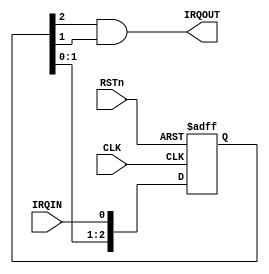
//------------------------------------------------------------------------------
// The confidential and proprietary information contained in this file may
// only be used by a person authorised under and to the extent permitted
// by a subsisting licensing agreement from ARM Limited.
//
//            (C) COPYRIGHT 2010-2015  ARM Limited or its affiliates.
//                ALL RIGHTS RESERVED
//
// This entire notice must be reproduced on all copies of this file
// and copies of this file may only be made by a person if such person is
// permitted to do so under the terms of a subsisting license agreement
// from ARM Limited.
//
//  Version and Release Control Information:
//
//  File Revision       : $Revision: 275084 $
//  File Date           : $Date: 2014-03-27 15:09:11 +0000 (Thu, 27 Mar 2014) $
//
//  Release Information : Cortex-M0 DesignStart-r1p0-00rel0
//------------------------------------------------------------------------------
// Verilog-2001 (IEEE Std 1364-2001)
//------------------------------------------------------------------------------
//
//------------------------------------------------------------------------------
// Abstract : IRQ synchronizer
//------------------------------------------------------------------------------
module cmsdk_irq_sync (
  input  wire  RSTn,
  input  wire  CLK,
  input  wire  IRQIN,
  output wire  IRQOUT);

  reg  [2:0] sync_reg;
  wire [2:0] nxt_sync_reg;

  assign nxt_sync_reg = {sync_reg[1:0],IRQIN};

  always @(posedge CLK or negedge RSTn)
    begin
    if (~RSTn)
      sync_reg <= 3'b000;
    else
      sync_reg <= nxt_sync_reg;
    end

  // Only consider valid if it is high for two cycles
  assign   IRQOUT  = sync_reg[2] & sync_reg[1];


endmodule